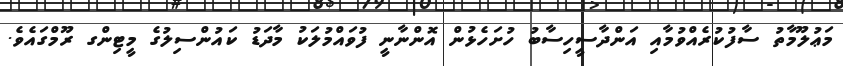
މަޢުލޫމާތު ސާފުކުރެއްވުމާއި އަންދާސީހިސާބު ހުށަހެޅުން އޮންނާނީ ފުވައްމުލަކު މާދަޑު ކައުންސިލުގެ މީޓިންގ ރޫމްގައެވެ.